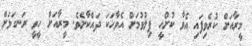
މީރާއަށް ކުރެވިފައި އެވާ ކުށްހީ ފިލުވުމަށް އެވާހަކަ ދައްކާށެވެ. މީރާއަށް ހީވީ ރަނގަޅަށް